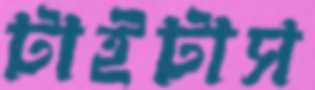
টাইটাস